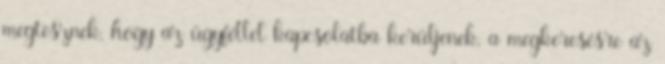
megtesznek, hogy az ügyféllel kapcsolatba kerüljenek, a megkeresésre az